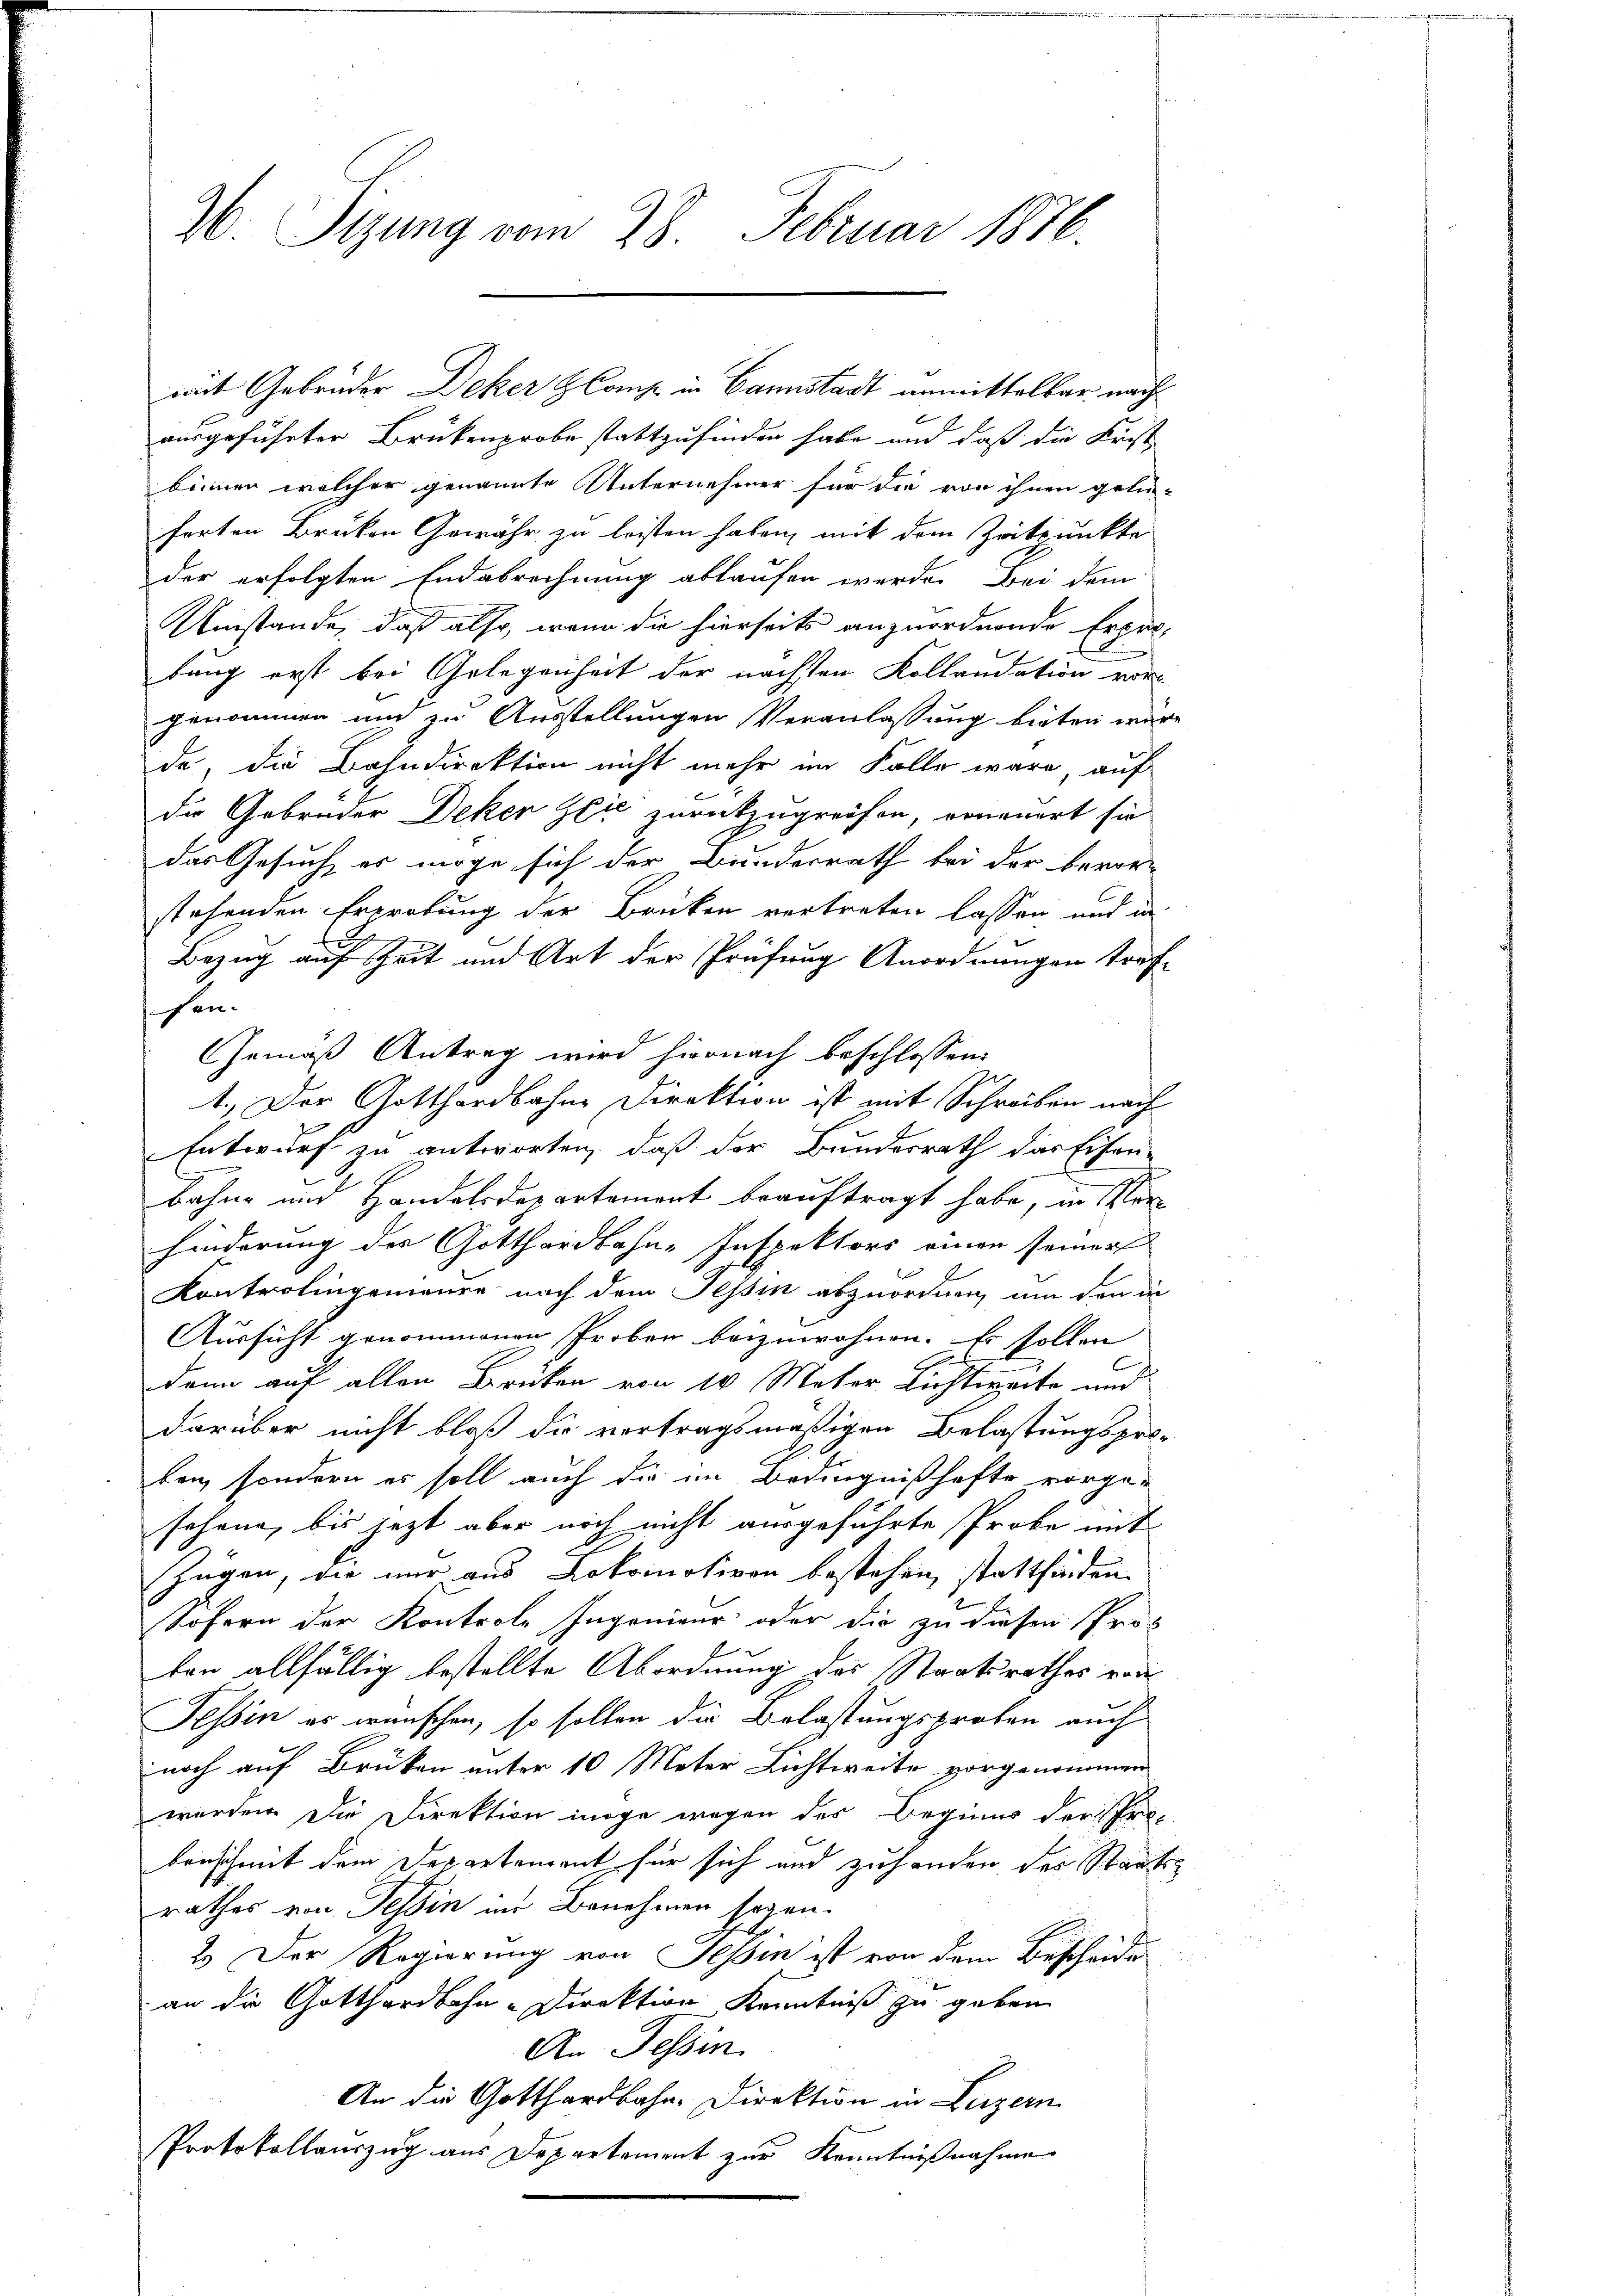
26 Sizung vom 28. Februar 1876.

ausgeführter Brükenprobe stattzufinden habe und daß die Krist-
binnen welcher genannte Unternehmer für die von ihnen gelie-
ferten Brüken Gewähr zu leisten haben, mit dem Zeitpunkte
der erfolgten Endabrechnung ablaufen werde. Bei dem
Umstände, daß also, wenn die hierseits anzuordnende Erpre-
bung erst bei Gelegenheit der nächsten Kollaudation vorgenommen und zu Ausstellungen Veranlassung bieten wäre
de, die Bahndirektion nicht mehr im Falle wäre, auf
die Gebrüder Deker Geić zurückzugreifen, erneuert sie
das Gesuch, es möge sich der Bunderrath bei der bevorstehenden Erprebung der Brücken vortreten lassen und in
Er
Bezug auf Zeit und Art der Prüfung Anordnungen trafen.
Gemäß Antrag wird hiernach beschlossen:
1.) Der Gotthardbahne Direktion ist mit Schreiben nach
Entwurf zu antworten, daß der Bundesrath das Eisen-
Bahne und Handelsdepartement beauftragt habe, in Ver-
hinderung des Gotthardbahn-Inspektors einen seiner
Kontrolingenieure nach dem Tessin abzuordnen, um den in
Aussicht genommenen Proben beizuwohnen. Es sollen
dann auf allen Brüken von 10 Meter Lichtweite und
darüber nicht bloß die vortragsmäßigen Belastungspro-
ben, sondern es soll auch die im Bedingnißhafte vorge-
sehene, bis jezt aber noch nicht ausgeführte Probe mit
x
Zügen, die nur aus Lokomotiven bestehen, stattfinden
Sofern der Kontrole Ingenieur oder die zu diesen Prof
ton allfällig bestellte Abordnung des Staatsrathes redi
Tessin es wünschen, so sollen die Belastungsproben auch
noch auf Brüken unter 10 Meter Lichtweite vorgenommen
werden. Die Direktion möge wegen des Beginns der Probenschmit dem Departement für sich und zuhanden des Staatsrathes von Tessin im Benehmen sogen.
2.) Der Regierung von Tessin ist von dem Bescheide
an die Gotthardbahn-Direktion Kenntniß zu geben
An Tessin.
An die Gotthardbahn- Direktion in Luzern
Protokollauszug aus Departement zur Kenntnißnahme

mit Gebrüder Deker H Camp in Cannstadt unmittelbar nach